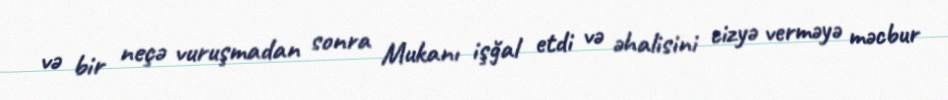
və bir neçə vuruşmadan sonra Mukanı işğal etdi və əhalisini cizyə verməyə məcbur